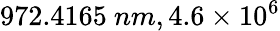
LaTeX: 972.4165~nm,4.6\times 10^{6}